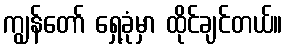
ကျွန်တော် ရှေ့ခုံမှာ ထိုင်ချင်တယ်။